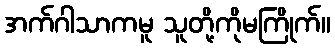
အက်ဂါသာကမူ သူတို့ကိုမကြိုက်။